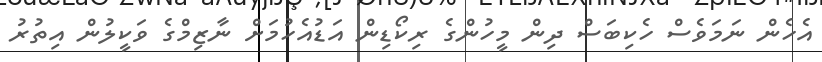
އެހެން ނަމަވެސް ހެކިބަސް ދިން މީހުންގެ ރިކޯޑިން އަޑުއެހުމަށް ނާޒިމްގެ ވަކީލުން އިތުރު